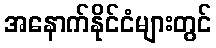
အနောက်နိုင်ငံများတွင်